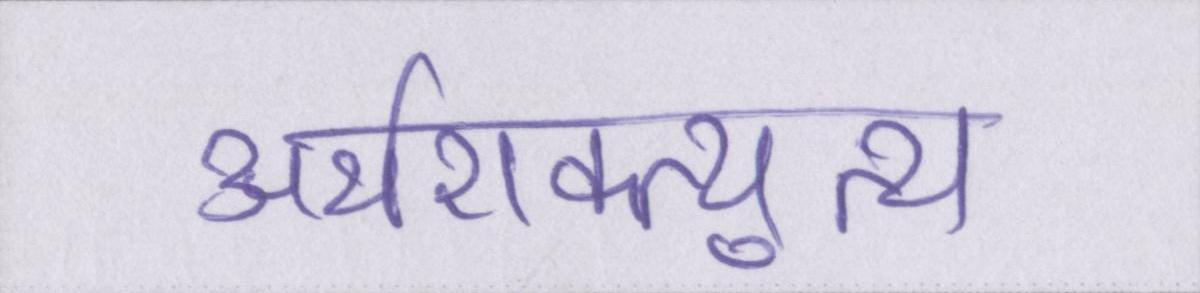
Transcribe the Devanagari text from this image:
अर्थशक्त्युत्थ